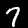
Digit: 7